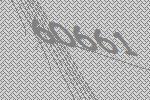
60661